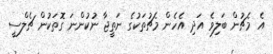
އެ މެޗުން ބަލިވެ އަދި އެހެން މެޗުތަކުގެ ނަތީޖާ ނުކުންނަ ގޮތަކުން ޗެލްސީ